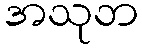
အသုဘ